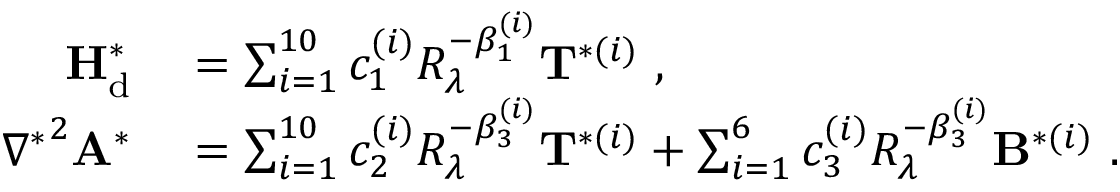
\begin{array} { r l } { { \mathbf { H } } _ { \mathrm { d } } ^ { * } } & { { } = \sum _ { i = 1 } ^ { 1 0 } c _ { 1 } ^ { ( i ) } R _ { \lambda } ^ { - \beta _ { 1 } ^ { ( i ) } } { \mathbf { T } } ^ { * ( i ) } \ , } \\ { { \nabla ^ { * } } ^ { 2 } { \mathbf { A } } ^ { * } } & { { } = \sum _ { i = 1 } ^ { 1 0 } c _ { 2 } ^ { ( i ) } R _ { \lambda } ^ { - \beta _ { 3 } ^ { ( i ) } } { \mathbf { T } } ^ { * ( i ) } + \sum _ { i = 1 } ^ { 6 } c _ { 3 } ^ { ( i ) } R _ { \lambda } ^ { - \beta _ { 3 } ^ { ( i ) } } { \mathbf { B } } ^ { * ( i ) } \ . } \end{array}